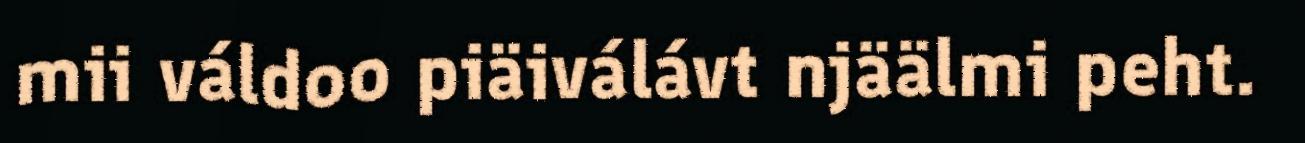
mii váldoo piäiválávt njäälmi peht.